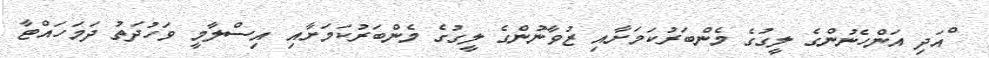
ްއަދި އަންހެނުންގެ ލީގުގެ މެންބަރުކަމަށާއި ޒުވާނުންގެ ލީގުގެ މެންބަރުކަމަށާއި އިސްލާމީ ވަހުދަތު ދަމަހައްޓާ